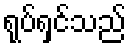
ရုပ်ရှင်သည်